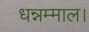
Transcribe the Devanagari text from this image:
धन्नम्माल।